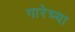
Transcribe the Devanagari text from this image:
गारेच्या